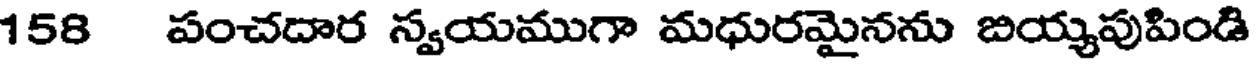
158 పంచదార స్వయముగా మధురమైనను బియ్యపుపిండి